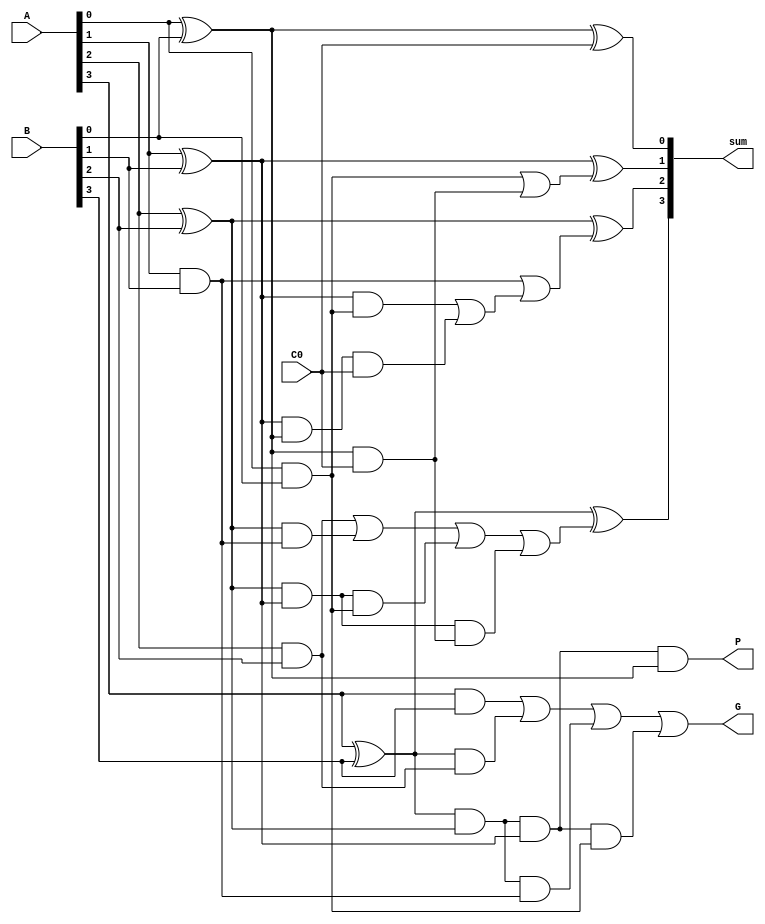
`timescale 1ns / 1ps
//////////////////////////////////////////////////////////////////////////////////
// Company: 
// Engineer: 
// 
// Design Name: 
// Module Name:    CLA_4bit_PG 
// Project Name: 
// Target Devices: 
// Tool versions: 
// Description: 
//
// Dependencies: 
//
// Revision: 
// Revision 0.01 - File Created
// Additional Comments: 
//
//////////////////////////////////////////////////////////////////////////////////
module CLA_4bit_PG(sum , P ,G , A , B , C0);
	output [3:0] sum;
	output P , G;
	input [3:0] A , B;
	input C0;
	
	wire P0 , P1 , P2 , P3 , G0 , G1 , G2 , G3 , C1 , C2 , C3;

	xor p0(P0 , A[0] , B[0]); // p0 = A0^B0
	xor p1(P1 , A[1] , B[1]); // p1 = A1^B1
	xor p2(P2 , A[2] , B[2]); // p2 = A2^B2
	xor p3(P3 , A[3] , B[3]); // p3 = A3^B3
	
	and g0(G0 , A[0] , B[0]); // g0 = A0&B0
	and g1(G1 , A[1] , B[1]); // g1 = A1&B1 
	and g2(G2 , A[2] , B[2]); // g2 = A2&B2
	and g3(G3 , A[3] , B[3]); // g3 = A3&B3
	
	// calculation of C1 = G0 + P0C0
	wire f1;
	and t1(f1 , P0 , C0);
	or t2(C1 , G0 , f1);
	
	// calculation of C2 = G1 + P1G0 + P1P0C0
	wire f2 , f3 , f4 , f5;
	and t3(f2 , P1 , G0);   // f2 = P1G0
	and t4(f3 , P1 , P0);   // f3 = P1P0
	and t5(f4 , f3 , C0);  // f4 = P1P0C0
	or t6(f5 , f2 , f4);   // f5 = P1G0 + P1P0C0
	or t7(C2 , G1 , f5); // C2 = G1 + P1G0 + P1P0C0
	
	// calculation of C3 = G2 + P2G1 + P2P1G0 + P2P1P0C0
	wire f6, f7, f8, f9, f10, f11, f12;
	and t8(f6 , P2 , G1);  // f6 = P2G1
	and t9(f7 , P2 , P1); // f7 = P2P1
	and t10(f8 , f7 , G0); // f8 = P2P1G0
	and t11(f9 , P0 , C0); // f9 = P0C0
	and t12(f10 , f7 , f9); // f10 = P2P1P0C0
	or t13(f11 , G2 , f6); // f11 = P2G1 + G2
	or t14(f12 , f11 , f8); // f12 = P2G1 + G2 + P2P1G0
	or t15(C3 , f12 , f10); // C3 = G2 + P2G1 + P2P1G0 + P2P1P0C0
	
	// calculation of C4 , ie , C_out = G3 + P3G2 + P3P2G1+ P3P2P1G0 + P3P2P1P0C0
	wire f13 , f14 , f15 , f16 , f17 , f18 , f19 , f20 , f21;
	and t16(f13 , P3 , G2); // f13 = P3G2
	and t17(f14 , P3 , P2); // f14 = P3P2
	and t18(f15 , f14 , G1); // f15 = P3P2G1
	and t19(f16 , f14 , P1); // f16 = P3P2P1
	and t20(f17 , f16 , G0); // f17 = P3P2P1G0
	and t21(f18 , P0 , C0); // f18 = P0C0
	and t22(f19 , f18 , f16); // f19 = P3P2P1P0C0
	or t23(f20 , G3 , f13);  //f20 = P3G2 + G3
	or t24(f21 , f20 , f15); //f21 = P3P2G1 + P3G2 + G3
	or t25(G , f21 , f17); //f22 = P3P2G1 + P3G2 + G3 + P3P2P1G0
	// or t26(C_out , G , f19);
	
	
	
	// sum[0] = P0^C0
	xor t27(sum[0] , P0 , C0);
	
	// sum[1] = P1^C1
	xor t28(sum[1] , P1 , C1);
	
	// sum[2] = P2^C2
	xor t29(sum[2] , P2 , C2);
	
	// sum[3] = P3^C3
	xor t30(sum[3] , P3 , C3);
	
	
	and t31(P, f16, P0);
		
	
endmodule